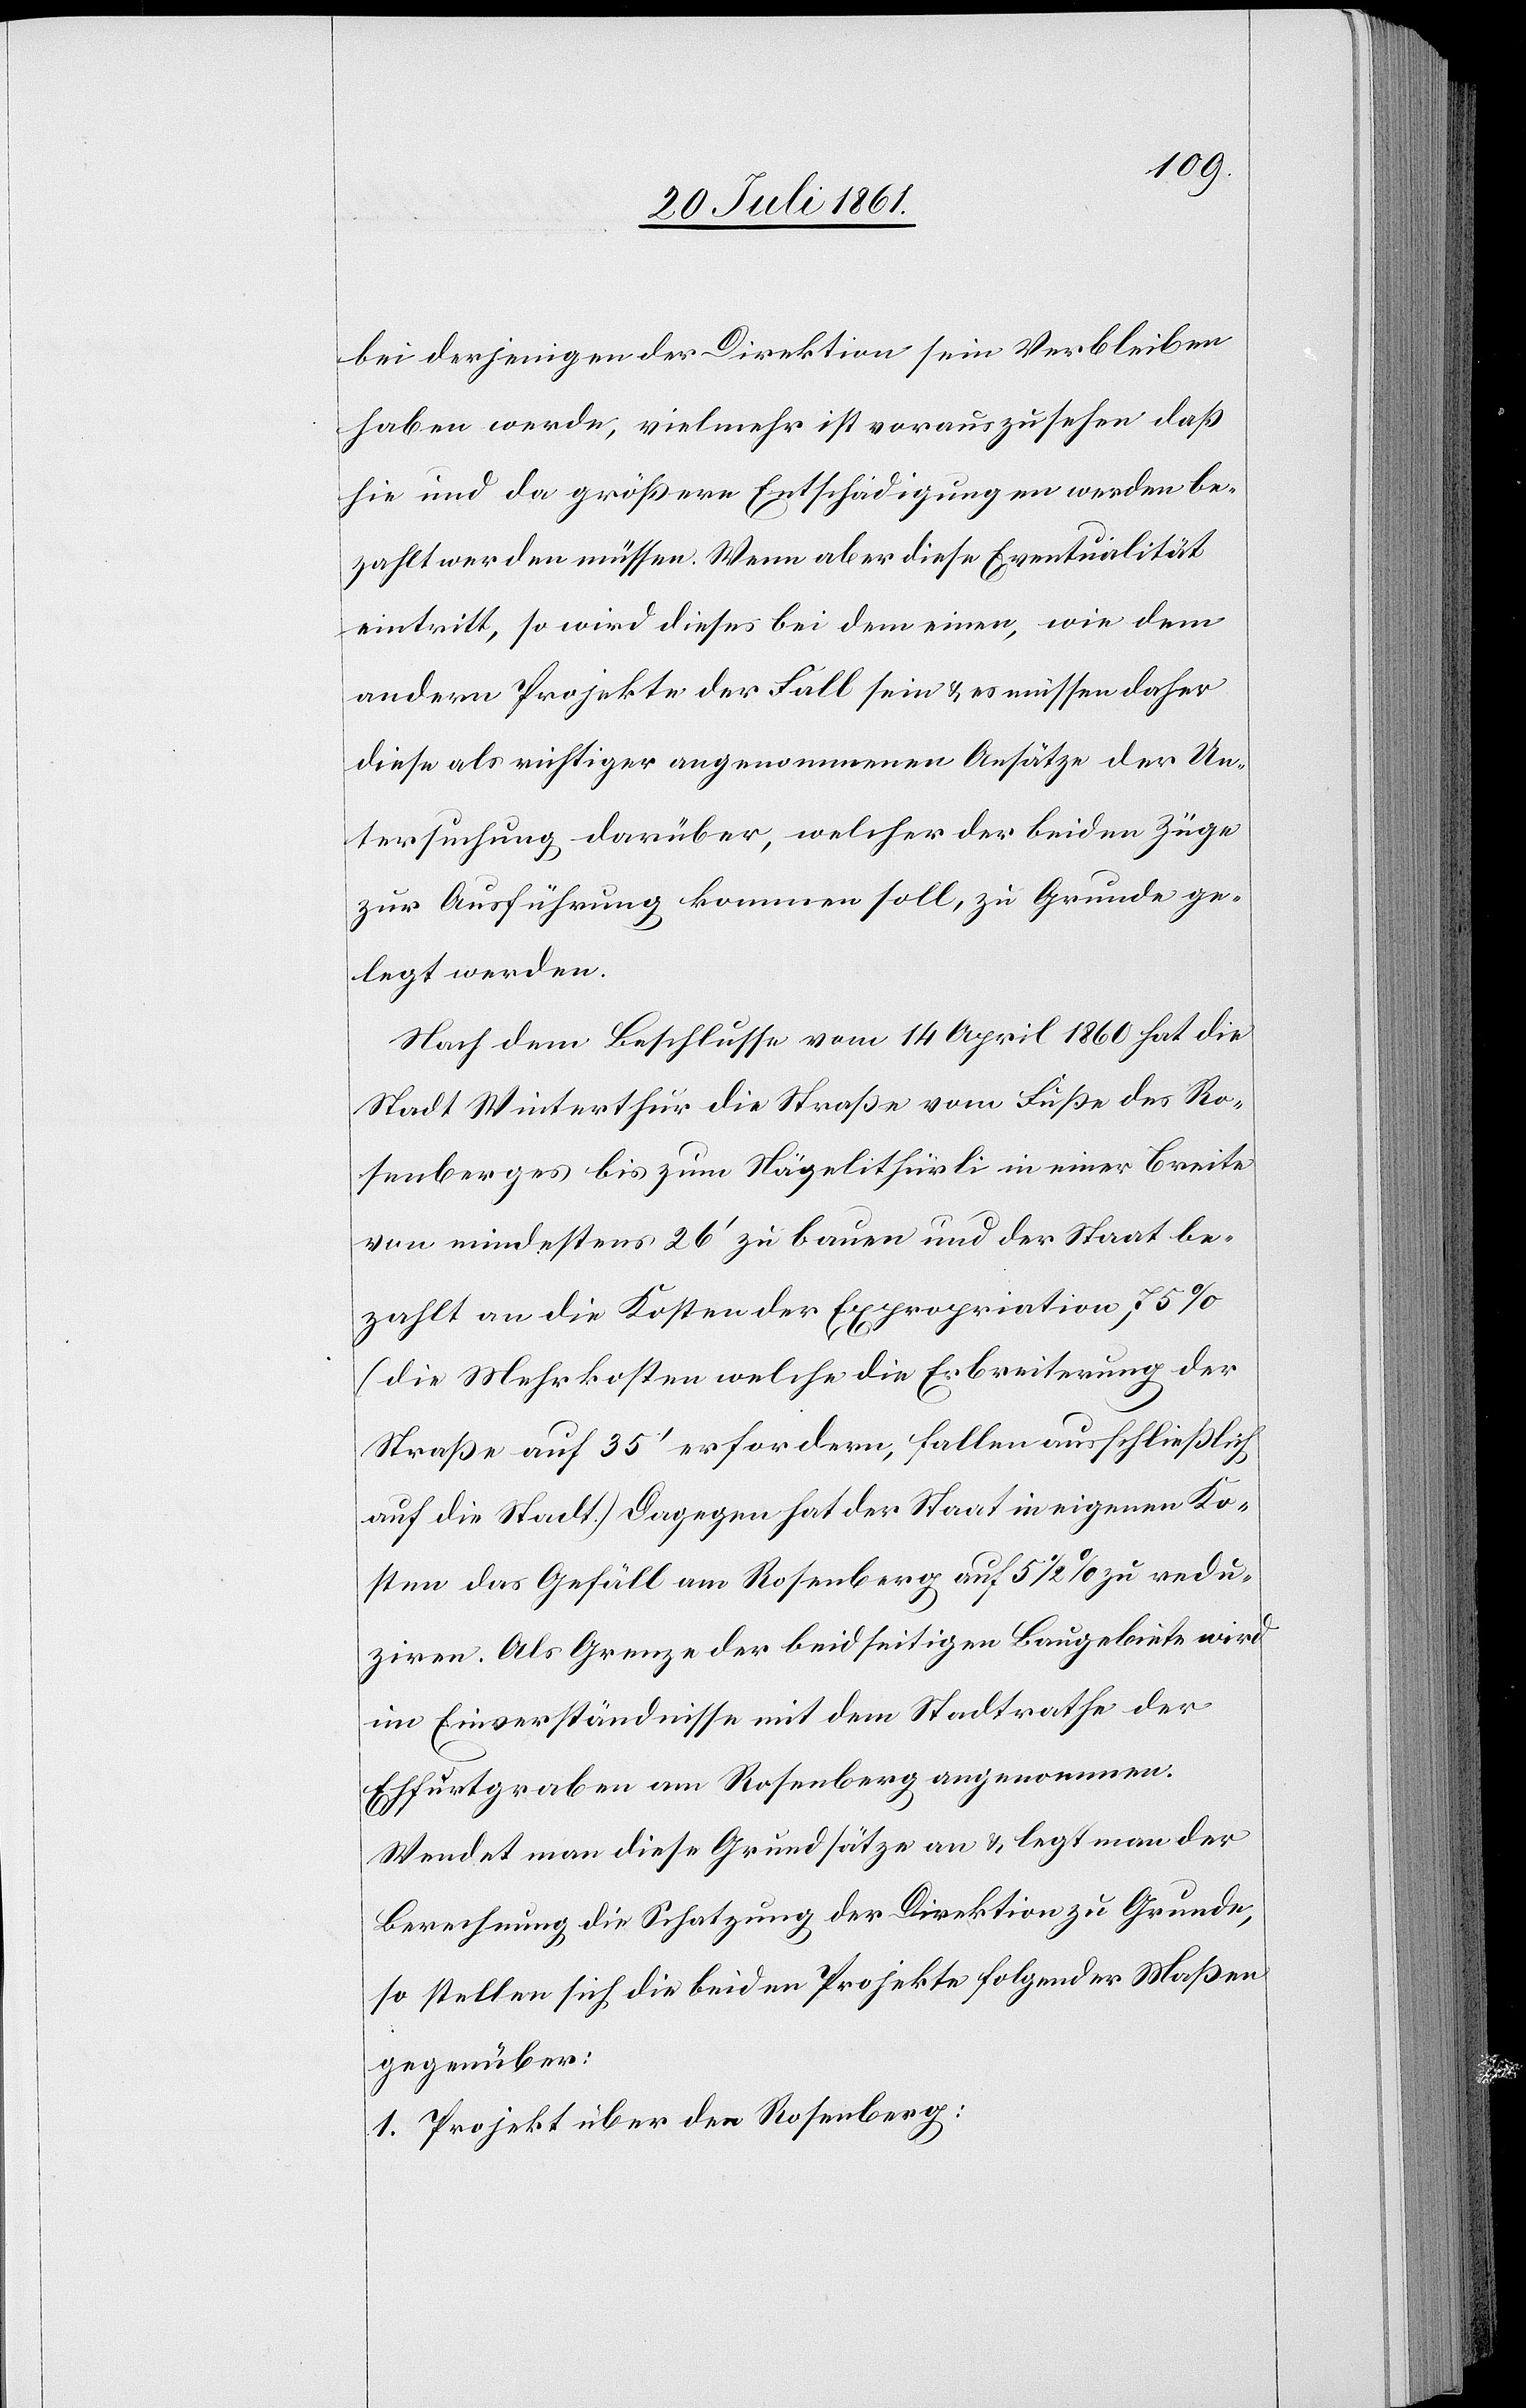
bei derjenigen der Direktion sein Verbleiben
haben werde, vielmehr ist vorauszusehen, daß
hie und da größere Entschädigungen werden be¬
zahlt werden müssen. Wenn aber diese Eventualität
eintritt, so wird dieses bei dem einen, wie dem
andern Projekte der Fall sein u. es müssen daher
diese als richtiger angenommenen Ansätze der Un¬
tersuchung darüber, welche der beiden Züge
zur Ausführung kommen soll, zu Grunde ge¬
legt werden.
Nach dem Beschlusse vom 14 April 1860 hat die
Stadt Winterthur die Straße vom Fuße des Ro¬
senberges bis zum Nägelithürli in einer Breite
von mindestens 26’ zu bauen und der Staat be¬
zahlt an die Kosten der Expropriation 75 %
(die Mehrkosten welche die Erbreiterung der
Straße auf 35’ erfordern, fallen ausschließlich
auf die Stadt.) Dagegen hat der Staat in eigenen Ko¬
sten das Gefäll am Rosenberg auf 5 1/2 % zu redu¬
ziren. Als Grenze der beidseitigen Baugebiete wird
im Einverständnisse mit dem Stadtrathe der
Ehfurtergraben am Rosenberg angenommen.
Wendet man diese Grundsätze an u. legt man der
Berechnung die Schatzung der Direktion zu Grunde,
so stellen sich die beiden Projekte folgender Maßen
gegenüber:
1. Projekt über den Rosenberg: